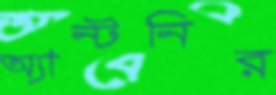
অ্যান্টনির